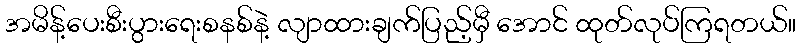
အမိန့်ပေးစီးပွားရေးစနစ်နဲ့ လျာထားချက်ပြည့်မှီ အောင် ထုတ်လုပ်ကြရတယ်။